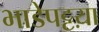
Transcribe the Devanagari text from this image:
भाडेपट्टय़ा